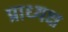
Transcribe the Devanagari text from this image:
प्राध्यक्ष